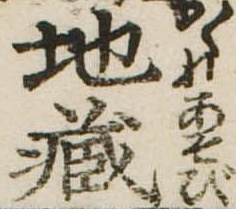
地蔵